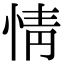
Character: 情